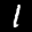
Label: 1